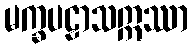
မက္ခပဠာသဣဿာ